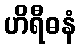
ဟိရီဓနံ